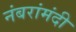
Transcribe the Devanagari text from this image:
नंबरांमंदी